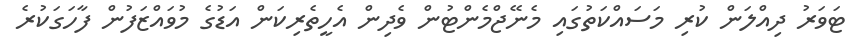
ޓަވަރު ދިއްލަން ކުރި މަސައްކަތުގައި މެނޭޖްމެންޓުން ވެދިން އެހީތެރިކަން އަޑުގެ މުވައްޒަފުން ފާހަގަކުރެ